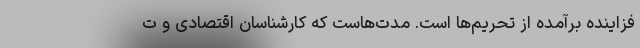
فزاینده برآمده از تحریم‌ها است. مدت‌هاست که کارشناسان اقتصادی و ت